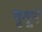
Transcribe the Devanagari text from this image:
भृगूने